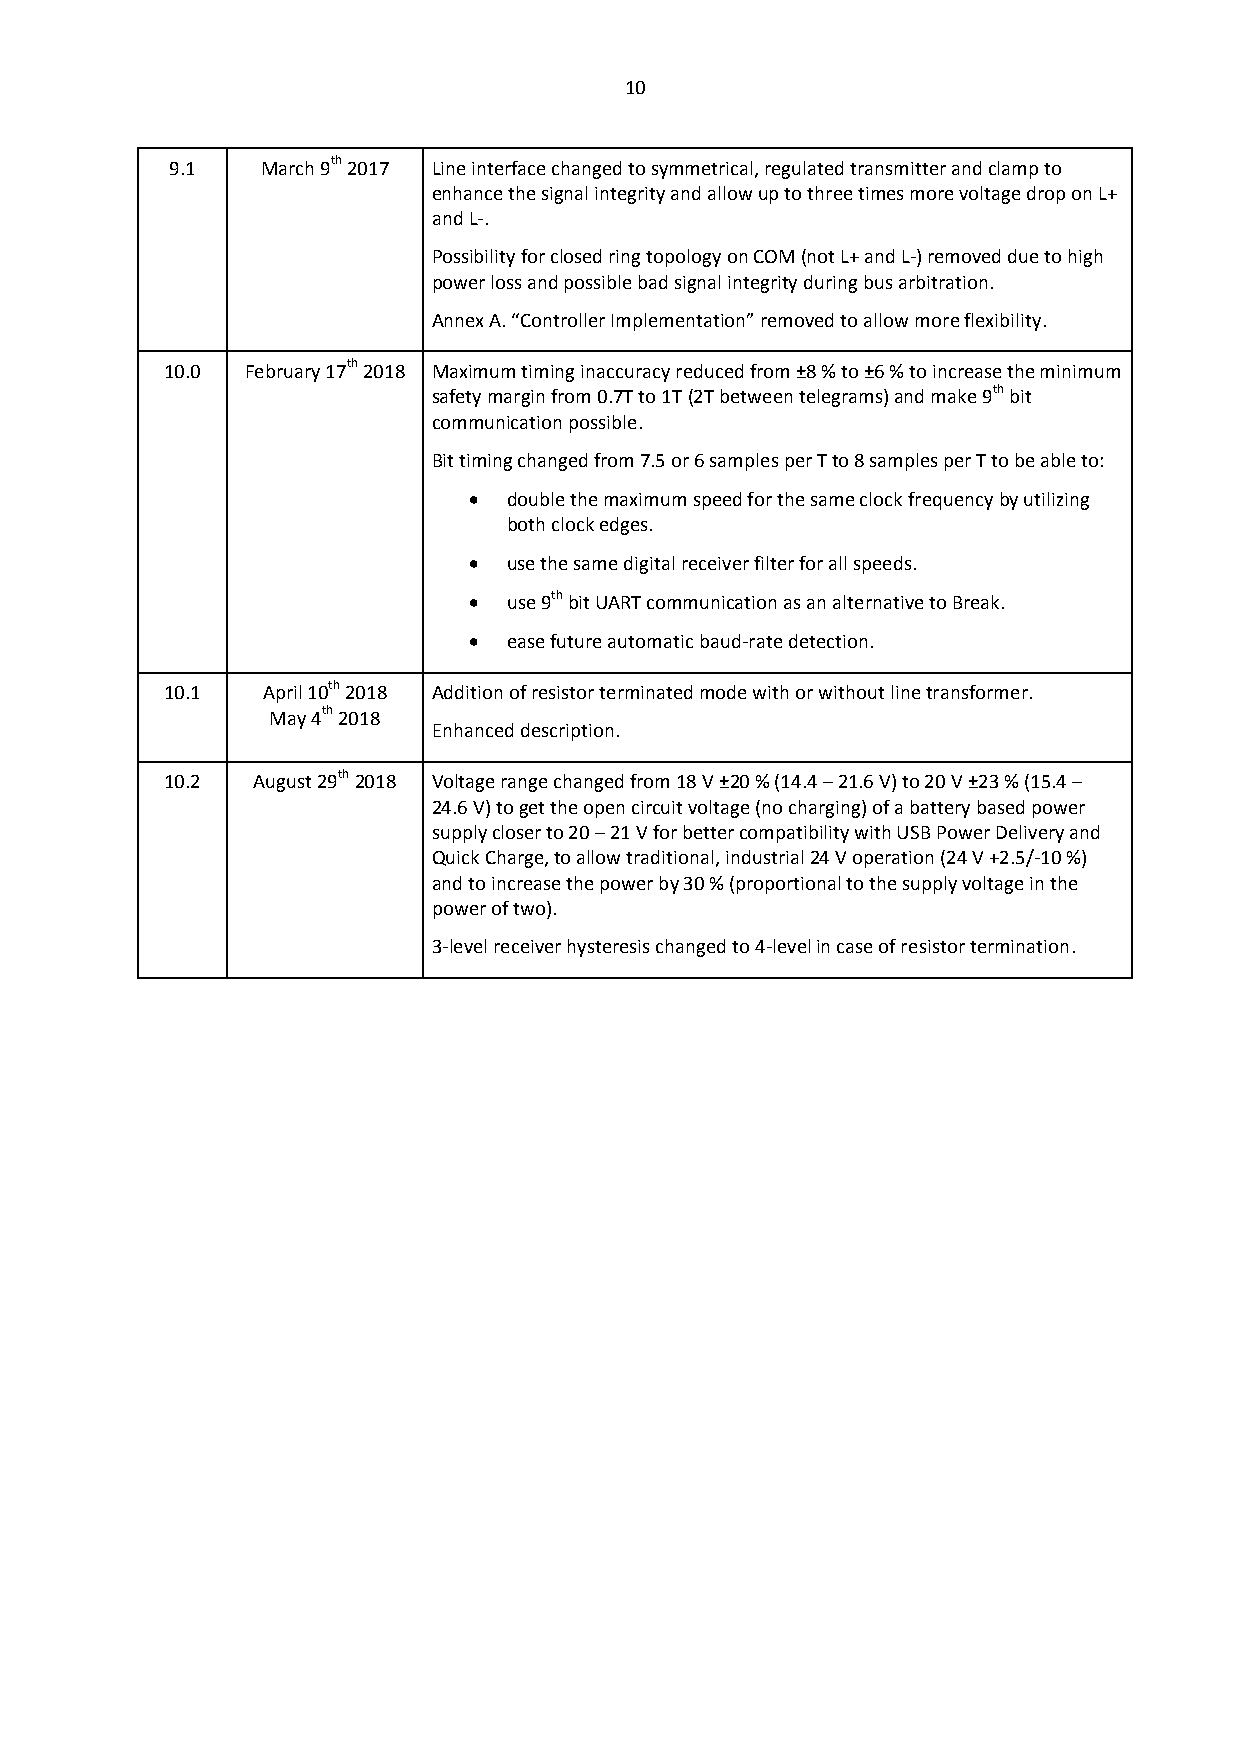
10
 9.1   March 9th 2017 Line interface changed to symmetrical, regulated transmitter and clamp to
 enhance the signal integrity and allow up to three times more voltage drop on L+
 and L-.
 Possibility for closed ring topology on COM (not L+ and L-) removed due to high
 power loss and possible bad signal integrity during bus arbitration.
 Annex A. “Controller Implementation” removed to allow more flexibility.
 10.0 February 17th 2018 Maximum timing inaccuracy reduced from ±8 % to ±6 % to increase the minimum
 safety margin from 0.7T to 1T (2T between telegrams) and make 9th bit
 communication possible.
 Bit timing changed from 7.5 or 6 samples per T to 8 samples per T to be able to:
   double the maximum speed for the same clock frequency by utilizing
 both clock edges.
   use the same digital receiver filter for all speeds.
   use 9th bit UART communication as an alternative to Break.
   ease future automatic baud-rate detection.
 10.1  April 10th 2018 Addition of resistor terminated mode with or without line transformer.
 May 4th 2018
 Enhanced description.
 10.2  August 29th 2018 Voltage range changed from 18 V ±20 % (14.4 – 21.6 V) to 20 V ±23 % (15.4 –
 24.6 V) to get the open circuit voltage (no charging) of a battery based power
 supply closer to 20 – 21 V for better compatibility with USB Power Delivery and
 Quick Charge, to allow traditional, industrial 24 V operation (24 V +2.5/-10 %)
 and to increase the power by 30 % (proportional to the supply voltage in the
 power of two).
 3-level receiver hysteresis changed to 4-level in case of resistor termination.